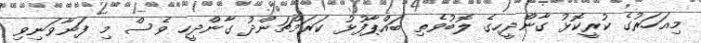
މިއަހަރުގެ ކުރީކޮޅު ގާންދީހގެ ލޮބުވެތި ބައްޕާފުޅު ކަރަމްޗަންދު ގާންދީހ ވެސް މި ފަނާވަނިވި